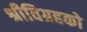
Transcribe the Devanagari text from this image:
श्रीविग्रहको